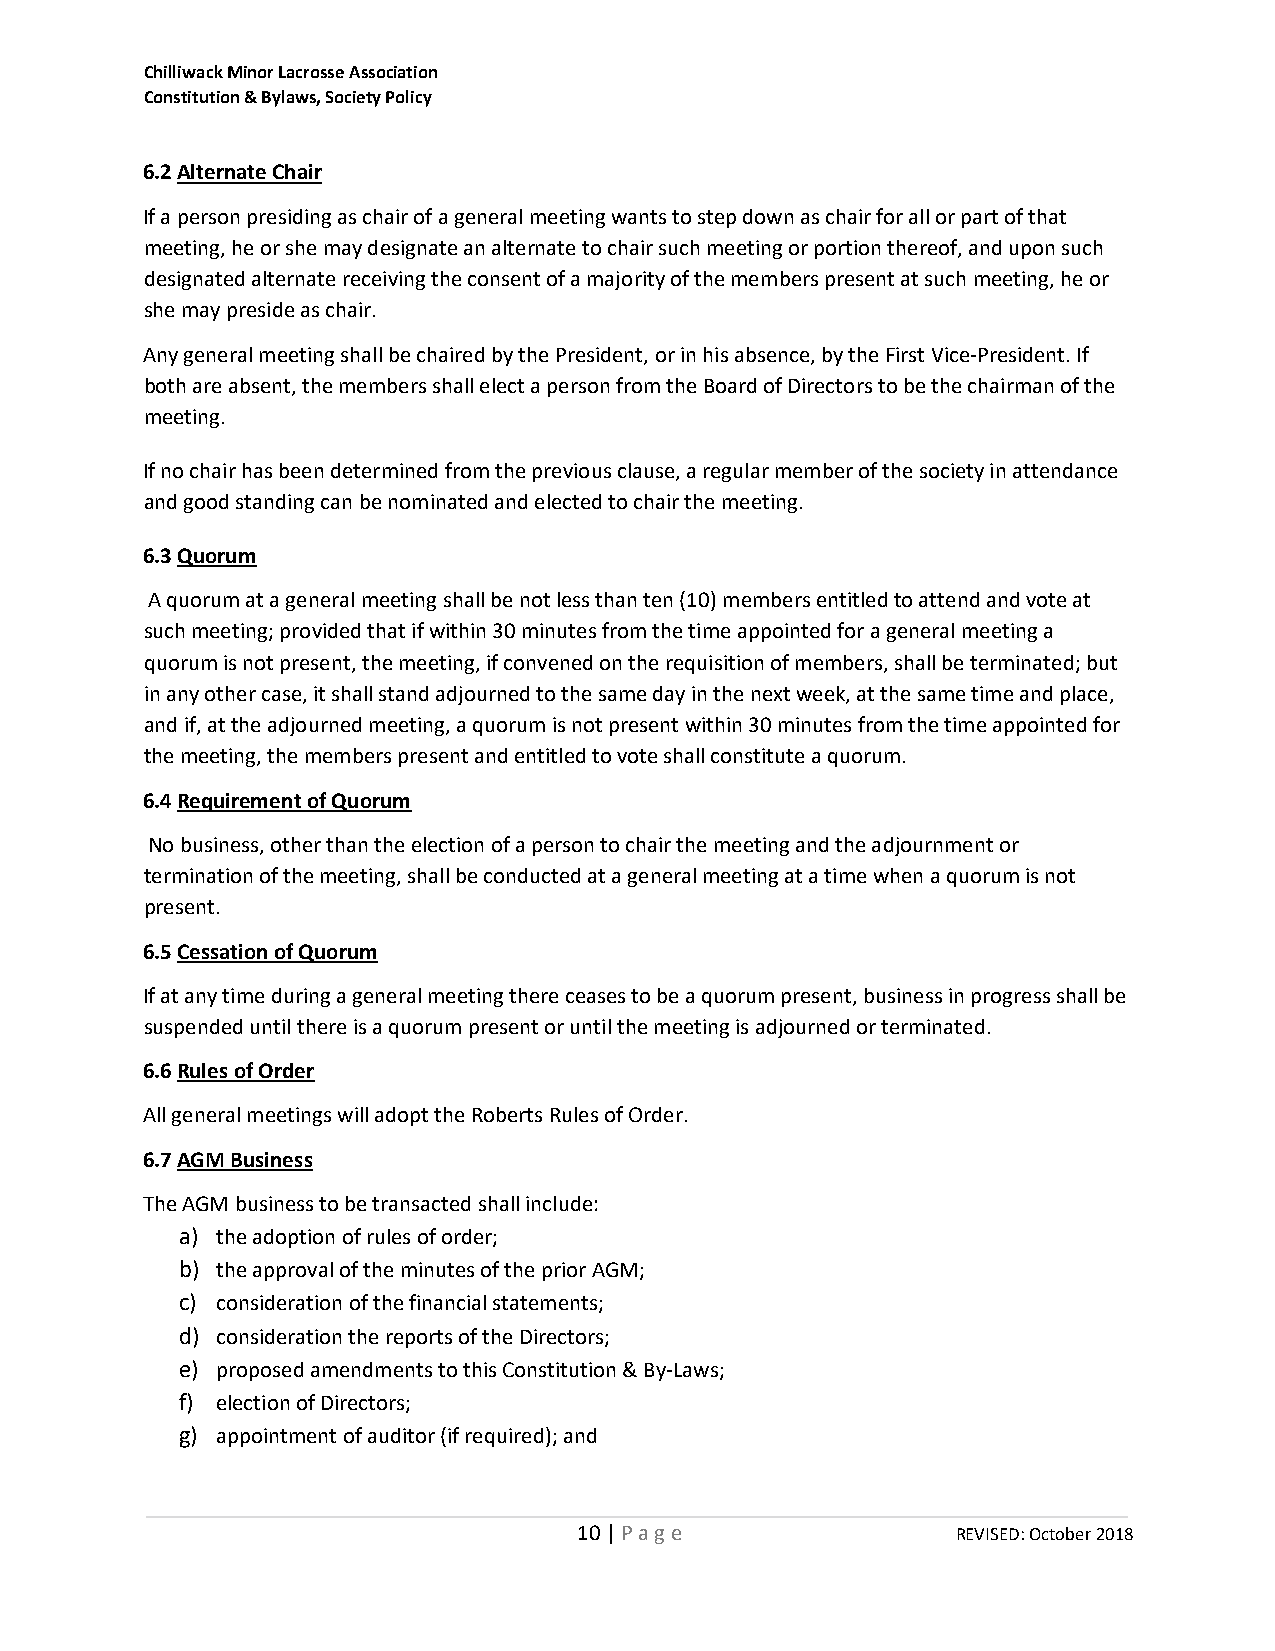
Chilliwack Minor Lacrosse Association
 Constitution & Bylaws, Society Policy
 6.2 Alternate Chair
 If a person presiding as chair of a general meeting wants to step down as chair for all or part of that
 meeting, he or she may designate an alternate to chair such meeting or portion thereof, and upon such
 designated alternate receiving the consent of a majority of the members present at such meeting, he or
 she may preside as chair.
 Any general meeting shall be chaired by the President, or in his absence, by the First Vice-President. If
 both are absent, the members shall elect a person from the Board of Directors to be the chairman of the
 meeting.
 If no chair has been determined from the previous clause, a regular member of the society in attendance
 and good standing can be nominated and elected to chair the meeting.
 6.3 Quorum
 A quorum at a general meeting shall be not less than ten (10) members entitled to attend and vote at
 such meeting; provided that if within 30 minutes from the time appointed for a general meeting a
 quorum is not present, the meeting, if convened on the requisition of members, shall be terminated; but
 in any other case, it shall stand adjourned to the same day in the next week, at the same time and place,
 and if, at the adjourned meeting, a quorum is not present within 30 minutes from the time appointed for
 the meeting, the members present and entitled to vote shall constitute a quorum.
 6.4 Requirement of Quorum
 No business, other than the election of a person to chair the meeting and the adjournment or
 termination of the meeting, shall be conducted at a general meeting at a time when a quorum is not
 present.
 6.5 Cessation of Quorum
 If at any time during a general meeting there ceases to be a quorum present, business in progress shall be
 suspended until there is a quorum present or until the meeting is adjourned or terminated.
 6.6 Rules of Order
 All general meetings will adopt the Roberts Rules of Order.
 6.7 AGM Business
 The AGM business to be transacted shall include:
 a) the adoption of rules of order;
 b) the approval of the minutes of the prior AGM;
 c) consideration of the financial statements;
 d) consideration the reports of the Directors;
 e) proposed amendments to this Constitution & By-Laws;
 f) election of Directors;
 g) appointment of auditor (if required); and
 10 | P a g e             REVISED: October 2018